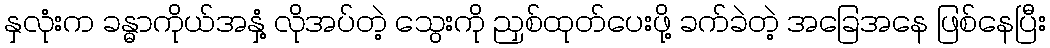
နှလုံးက ခန္ဓာကိုယ်အနှံ့ လိုအပ်တဲ့ သွေးကို ညှစ်ထုတ်ပေးဖို့ ခက်ခဲတဲ့ အခြေအနေ ဖြစ်နေပြီး